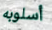
أسلوبه